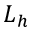
L _ { h }